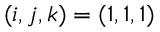
( i , j , k ) = ( 1 , 1 , 1 )